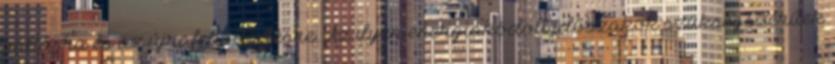
váltásra és az újrafeltöltődésre. Az ilyen energiakódolt időszakok szükségszerűek